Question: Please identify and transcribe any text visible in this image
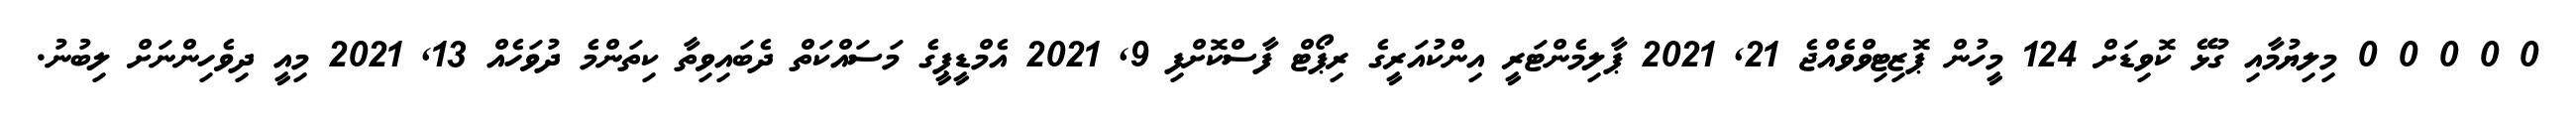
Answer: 0 0 0 0 0 މިލިޔުމާއި ގުޅޭ ކޮވިޑަށް 124 މީހުން ޕޮޒިޓިވްވެއްޖެ 21, 2021 ޕާލިމެންޓަރީ އިންކުއަރީގެ ރިޕޯޓް ފާސްކޮށްފި 9, 2021 އެމްޑީޕީގެ މަސައްކަތް ދެބައިވިތާ ކިތަންމެ ދުވަހެއް 13, 2021 މިއީ ދިވެހިންނަށް ލިބުނު.